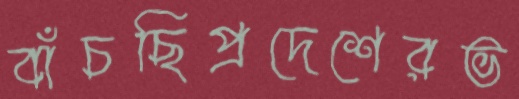
বাঁচছিপ্রদেশেরভ